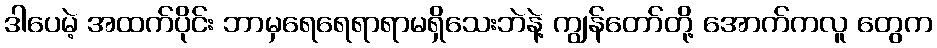
ဒါပေမဲ့ အထက်ပိုင်း ဘာမှရေရေရာရာမရှိသေးဘဲနဲ့ ကျွန်တော်တို့ အောက်ကလူ တွေက